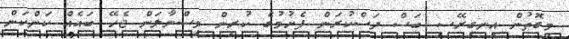
މިގޮތުން އިނގިރޭސި ބަސް ދަސްކުރަން ފެށުމުގެ ކުރިން ވިސްނާލަން ޖެހޭ ބައެއް ކަންކަން